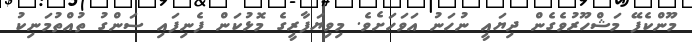
މޫންކެފޭ މަޝްހޫރުވެގެން ދިޔައީ ނުހަނު އަވަހަށެވެ. މިވިޔަފާރީގެ މޮޅުކަން ފެނިފައި ސަންގު ތުއްތުމަނިކު